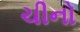
ચીનો